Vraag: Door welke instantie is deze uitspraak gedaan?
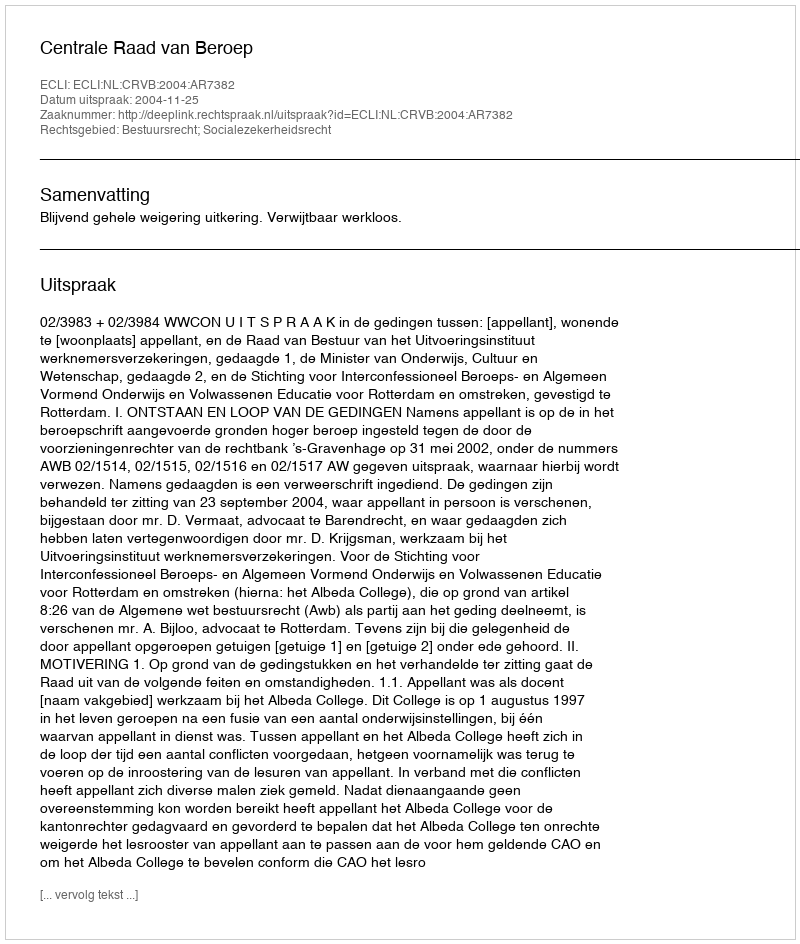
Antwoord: Centrale Raad van Beroep